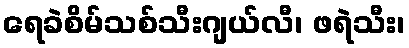
ရေခဲစိမ်သစ်သီးဂျယ်လီ၊ ဖရဲသီး၊